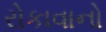
રોકાવાનો